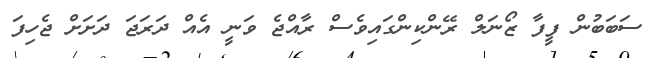
ސަބަބުން ފީފާ ޒޯނަލް ރޭންކިންގައިވެސް ރާއްޖެ ވަނީ އެއް ދަރަޖަ ދަށަށް ޖެހިފަ